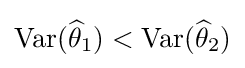
\operatorname {Var} ({\widehat {\theta }}_{1})<\operatorname {Var} ({\widehat {\theta }}_{2})